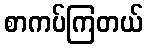
စာကပ်ကြတယ်